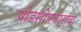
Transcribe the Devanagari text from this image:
षोडशोपचारांचा